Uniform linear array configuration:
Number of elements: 24
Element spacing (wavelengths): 0.75
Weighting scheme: hamming
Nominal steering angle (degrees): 60
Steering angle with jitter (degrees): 60.024
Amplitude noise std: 0.05
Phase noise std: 0.05

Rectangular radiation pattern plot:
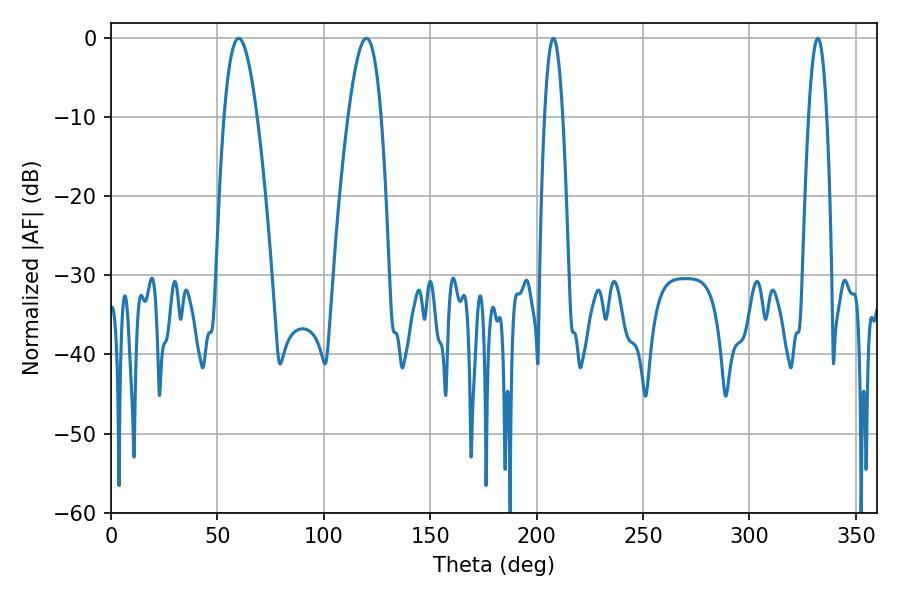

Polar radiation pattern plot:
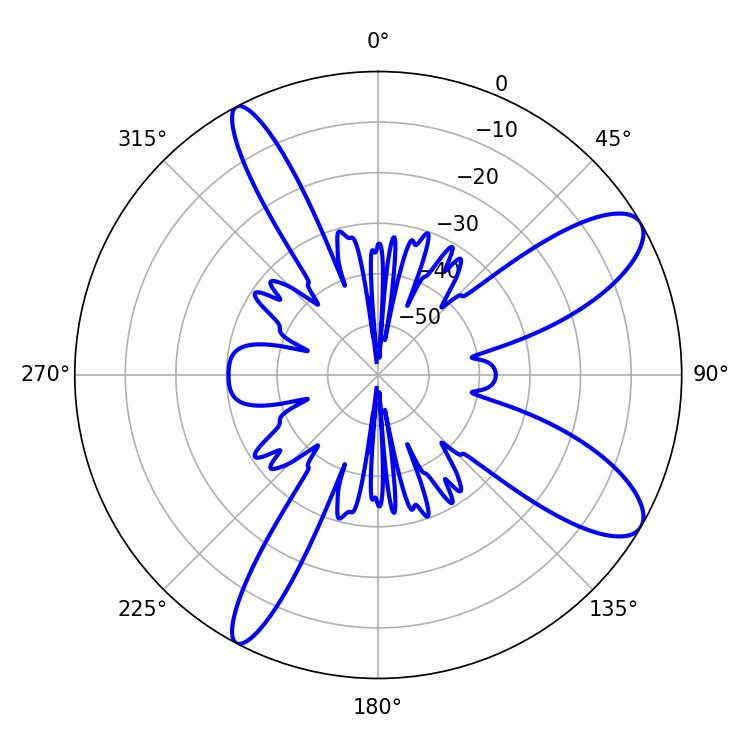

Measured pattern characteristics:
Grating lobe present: TRUE
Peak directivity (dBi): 10.125
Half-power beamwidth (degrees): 8.46
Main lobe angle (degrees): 59.94